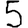
Digit: 5